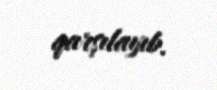
qarşılayıb.